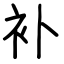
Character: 补